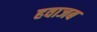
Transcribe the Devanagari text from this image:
हवाजब